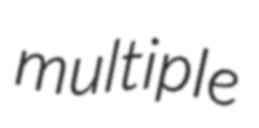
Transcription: multiple